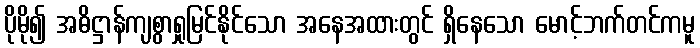
ပိုမို၍ အဓိဋ္ဌာန်ကျစွာရှုမြင်နိုင်သော အနေအထားတွင် ရှိနေသော မောင့်ဘက်တင်ကမူ